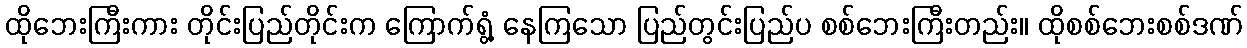
ထိုဘေးကြီးကား တိုင်းပြည်တိုင်းက ကြောက်ရွံ့ နေကြသော ပြည်တွင်းပြည်ပ စစ်ဘေးကြီးတည်း။ ထိုစစ်ဘေးစစ်ဒဏ်